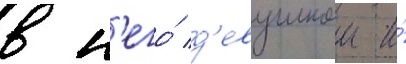
в н'его́ д'евушкои и́